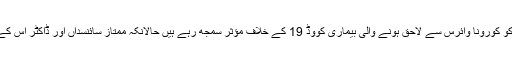
اب بھی امریکی صدر ڈونلڈ ٹرمپ اس دوا کو کورونا وائرس سے لاحق ہونے والی بیماری کووڈ 19 کے خلاف مؤثر سمجھ رہے ہیں حالانکہ ممتاز سائنسداں اور ڈاکٹر اس کے منفی اثرات سے خبردار کرتے رہے ہیں۔